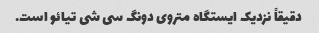
دقیقاً نزدیک ایستگاه متروی دونگ سی شی تیائو است.